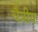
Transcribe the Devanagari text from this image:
चैत्रीय